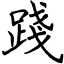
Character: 踐